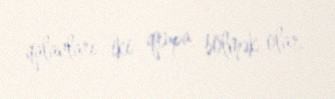
qalanları iki qrupa bölmək olar.